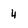
Character: 4